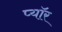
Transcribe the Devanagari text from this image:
प्यॉर